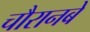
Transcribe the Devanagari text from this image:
चौरानबे